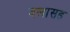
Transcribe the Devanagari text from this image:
दलासह